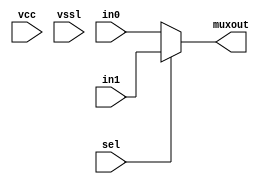
// SPDX-License-Identifier: Apache-2.0
// Copyright (C) 2019 Intel Corporation. All rights reserved
// Library - aibcr_lib, Cell - aibcr_red_clkmux2, View - schematic
// LAST TIME SAVED: May 14 14:31:29 2015
// NETLIST TIME: May 14 14:36:18 2015

module aibcr3_red_clkmux2 ( muxout, in0, in1, sel, vcc, vssl );

output  muxout;

input  in0, in1, sel, vcc, vssl;




assign muxout = sel ?  in1 : in0 ;


endmodule